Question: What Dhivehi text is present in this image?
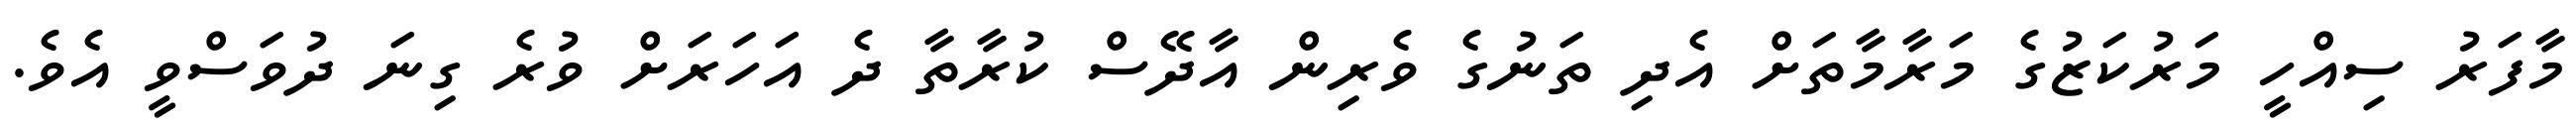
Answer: މާފަރު ސިއްހީ މަރުކަޒުގެ މަރާމާތަށް އެދި ތަނުގެ ވެރިން އާދޭސް ކުރާތާ ދެ އަހަރަށް ވުރެ ގިނަ ދުވަސްވީ އެވެ.